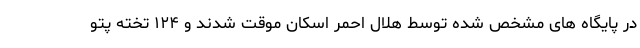
در پایگاه های مشخص شده توسط هلال احمر اسکان موقت شدند و ۱۲۴ تخته پتو